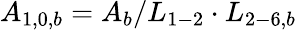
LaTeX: {A_{1,0,b}}={A_{b}}/{L_{1-2}}\cdot{L_{2-6,b}}